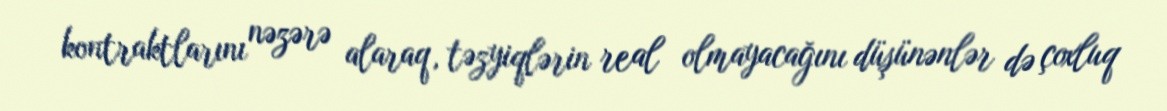
kontraktlarını nəzərə alaraq, təzyiqlərin real olmayacağını düşünənlər də çoxluq